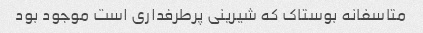
متاسفانه بوستاک که شیرینی پرطرفداری است موجود بود